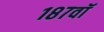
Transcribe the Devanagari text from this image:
१८७वॉ